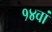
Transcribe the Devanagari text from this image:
१४वां